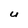
Character: U